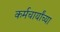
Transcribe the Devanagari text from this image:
कर्मचार्यांच्या